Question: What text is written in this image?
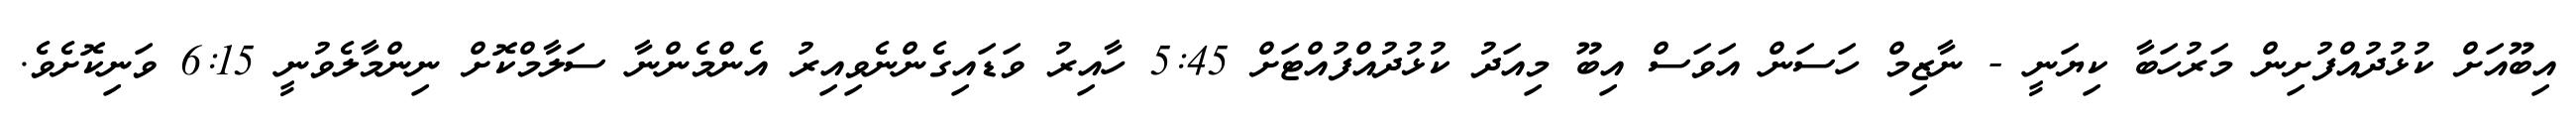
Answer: އިބޫއަށް ކުޅުދުއްފުށިން މަރުހަބާ ކިޔަނީ - ނާޒިމް ހަސަން އަވަސް އިބޫ މިއަދު ކުޅުދުއްފުއްޓަށް 5:45 ހާއިރު ވަޑައިގެންނެވިއިރު އެންމެންނާ ސަލާމްކޮށް ނިންމާލެވުނީ 6:15 ވަނިކޮށެވެ.